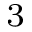
^ 3